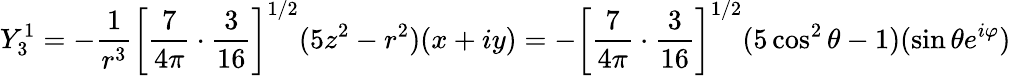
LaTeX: Y_{3}^{1}=-{\frac{1}{r^{3}}}\left[{\frac{7}{4\pi}}\cdot{\frac{3}{16}}\right]^{1/2}(5z^{2}-r^{2})(x+iy)=-\left[{\frac{7}{4\pi}}\cdot{\frac{3}{16}}\right]^{1/2}(5\cos^{2}\theta-1)(\sin\theta e^{i\varphi})